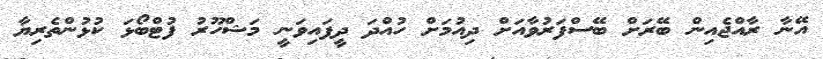
އޭނާ ރާއްޖެއިން ބޭރަށް ބޭސްފަރުވާއަށް ދިއުމަށް ހުއްދަ ދީފައިވަނީ މަޝްހޫރު ފުޓްބޯޅަ ކުޅުންތެރިޔާ